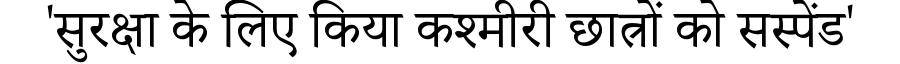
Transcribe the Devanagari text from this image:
'सुरक्षा के लिए किया कश्मीरी छात्रों को सस्पेंड'